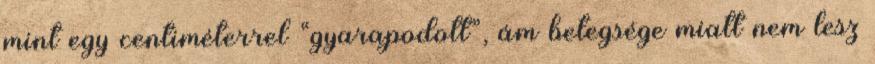
mint egy centiméterrel “gyarapodott”, ám betegsége miatt nem lesz